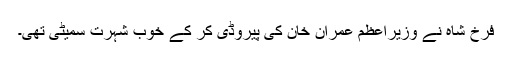
فرخ شاہ نے وزیراعظم عمران خان کی پیروڈی کر کے خوب شہرت سمیٹی تھی۔